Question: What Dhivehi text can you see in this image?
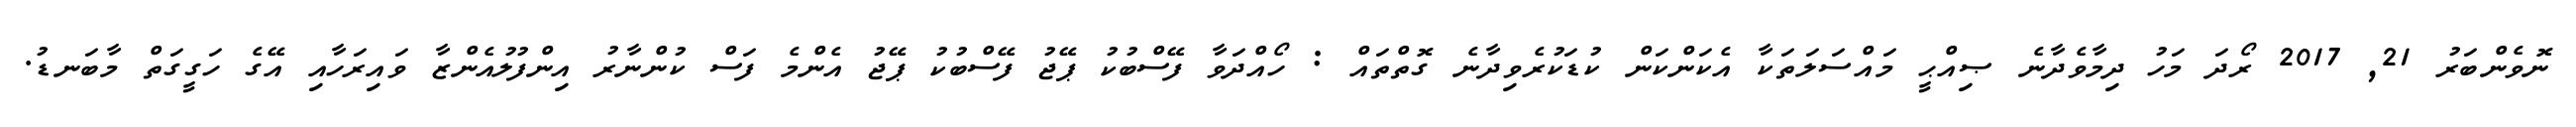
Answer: ނޮވެންބަރު 21, 2017 ރޯދަ މަހު ދިމާވެދާނެ ޞިއްޙީ މައްސަލަތަކާ އެކަންކަން ކުޑަކުރެވިދާނެ ގޮތްތައް : ހޯއްދަވާ ފޭސްބުކު ޕޭޖު ފޭސްބުކު ޕޭޖު އެންމެ ފަސް ކުންނާރު އިންފުލުއެންޒާ ވައިރަހާއި އޭގެ ހަގީގަތް މާބަނޑު.